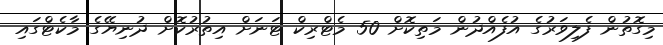
މިގޮތުން ފެލިވަރުގެ އުފެއްދުން މަތިކޮށް 50 މެޓްރިކް ޓަނަށް އިތުރުކޮށް ދުނިޔޭގެ މާކެޓްގައި